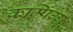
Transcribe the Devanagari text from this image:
क्रम्पिंग्ग्